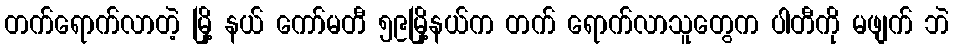
တက်ရောက်လာတဲ့ မြို့ နယ် ကော်မတီ ၅၉မြို့နယ်က တက် ရောက်လာသူတွေက ပါတီကို မဖျက် ဘဲ